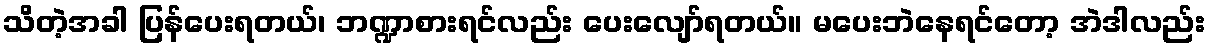
သိတဲ့အခါ ပြန်ပေးရတယ်၊ ဘဏ္ဍာစားရင်လည်း ပေးလျော်ရတယ်။ မပေးဘဲနေရင်တော့ အဲဒါလည်း